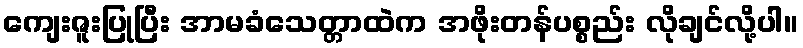
ကျေးဇူးပြုပြီး အာမခံသေတ္တာထဲက အဖိုးတန်ပစ္စည်း လိုချင်လို့ပါ။